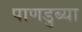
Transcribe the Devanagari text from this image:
पाणडुब्या